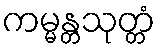
ကမ္မန္တသုတ္တံ